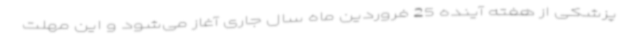
پزشکی از هفته آینده 25 فروردین ماه سال جاری آغاز می‌شود و این مهلت